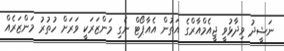
ނަޝީދު ވިދާޅުވީ ޖީއެމްއާރްގެ އަތުން އެއާޕޯޓް ނެގި މަންޒަރަކީ ވަރަށް ހުތުރު މަންޒަރެއް